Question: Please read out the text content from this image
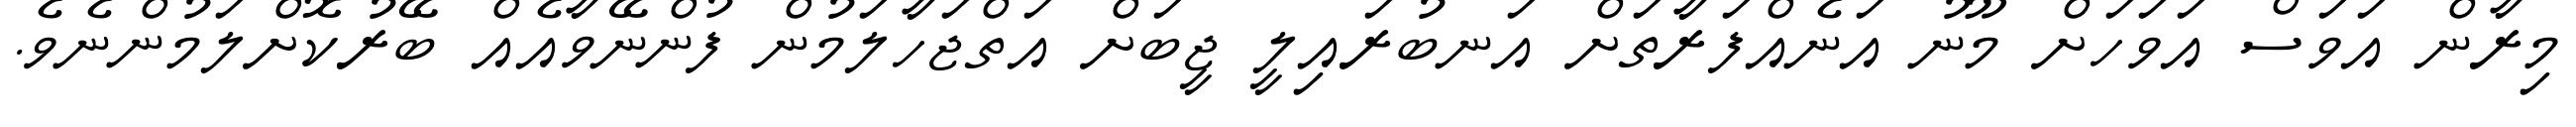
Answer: މިރާން އަވަސް އަވަހަށް މޫނު އަނެއްފަރާތަށް އަނބުރައިލީ ޖީބަށް އަތްޖަހާލަމުން ފުންނޭވާއެއް ބޭރުކޮށްލަމުންނެވެ.